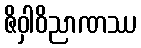
ဇိဝှါဝိညာဏဿ